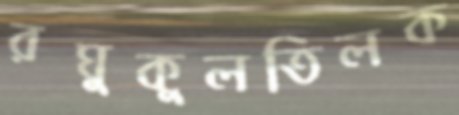
রঘুকুলতিলক